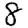
Digit: 8